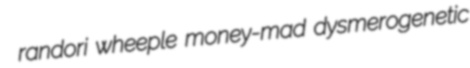
randori wheeple money-mad dysmerogenetic